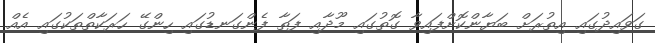
ގަވައިދުގައި އިތުރަށް ބަޔާންކޮށްފައިވާ ގޮތުގައި މޫދާއި ފަތާ ފެންގަނޑުގައި ހިންގޭ ހަރަކާތްތަކުގައި އެއް